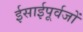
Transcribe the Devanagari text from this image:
ईसाईपूर्वजों